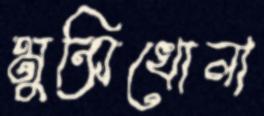
মুন্সিখোলা